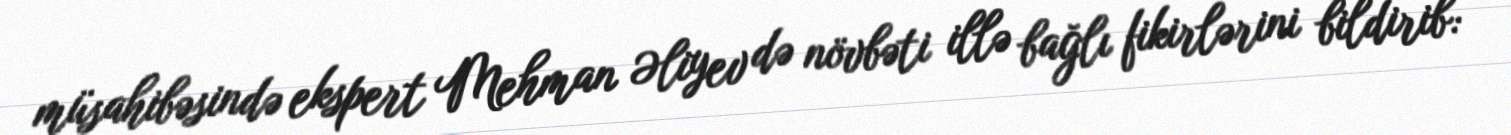
müsahibəsində ekspert Mehman Əliyev də növbəti illə bağlı fikirlərini bildirib: